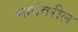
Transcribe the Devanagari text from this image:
भागेवरील